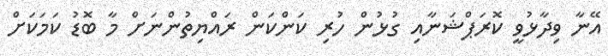
އޭނާ ވިދާޅުވީ ކޮރަޕްޝަނާއި ގުޅުން ހުރި ކަންކަން ރައްޔިތުންނަށް މާ ބޮޑު ކަމަކަށް